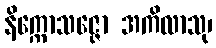
နိက္ကောသဇ္ဇော အကိလာသု၊